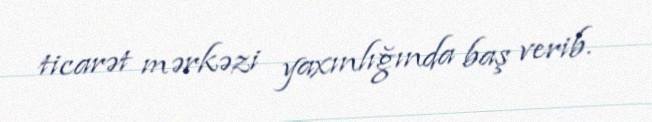
ticarət mərkəzi yaxınlığında baş verib.